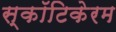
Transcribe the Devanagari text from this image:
स्कॉटिकेरम